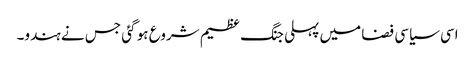
اسی سیاسی فضا میں پہلی جنگ عظیم شروع ہو گئی جس نے ہندو۔